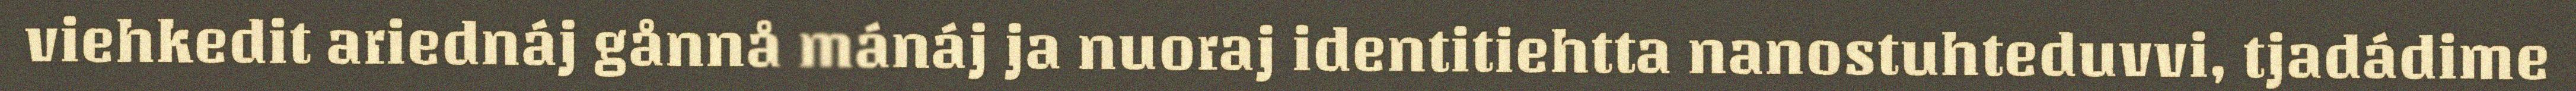
viehkedit ariednáj gånnå mánáj ja nuoraj identitiehtta nanostuhteduvvi, tjadádime